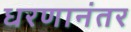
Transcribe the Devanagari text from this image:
धरणानंतर